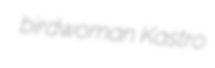
birdwoman Kastro